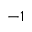
- 1